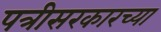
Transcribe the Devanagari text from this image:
पत्रीसरकारच्या